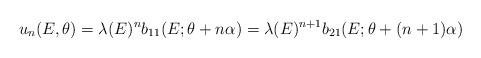
LaTeX: \begin{align*} u_{n}(E,\theta)=\lambda(E)^n b_{11}(E;\theta+n \alpha)=\lambda(E)^{n+1}b_{21}(E;\theta+(n+1)\alpha)\end{align*}